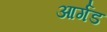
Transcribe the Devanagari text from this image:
आर्गड